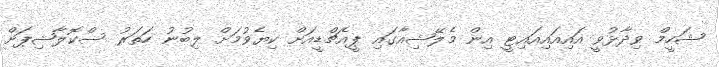
ޝަހީމް ވިދާޅުވީ އައިއައިއައިޓީ އިން މެލޭޝިއާގައި ޕީއެޗްޑީއަށް ކިޔެވުމަށް ލިބުނު ހަތަރު ސްކޮލާޝިޕަށް